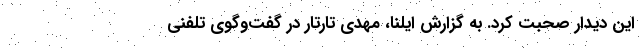
این دیدار صحبت کرد. به گزارش ایلنا، مهدی تارتار در گفت‌وگوی تلفنی